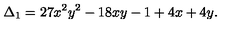
\Delta _ { 1 } = 2 7 x ^ { 2 } y ^ { 2 } - 1 8 x y - 1 + 4 x + 4 y .